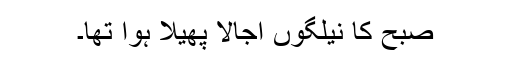
صبح کا نیلگوں اُجالا پھیلا ہوا تھا۔